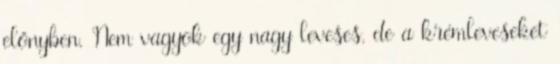
előnyben. Nem vagyok egy nagy leveses, de a krémleveseket